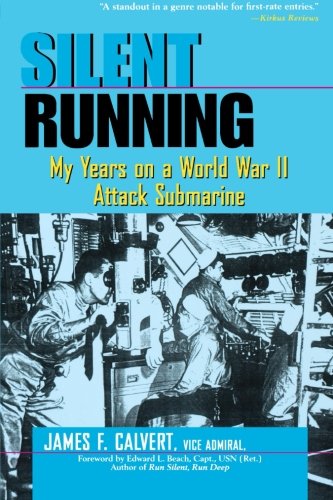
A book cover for Silent Running: My Years on a World War II Attack Submarine; James F. Calvert; Biographies & Memoirs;